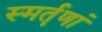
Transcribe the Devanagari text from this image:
स्मर्तॄणां